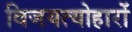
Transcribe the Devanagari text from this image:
विजयत्योहारों